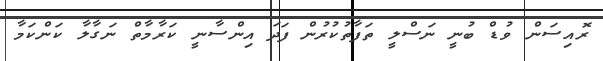
ރޮއިސަން ވުޑް ބުނީ ނަސްލީ ތަފާތުކުރުން ފަދަ އިންސާނީ ކަރާމާތް ނަގާލާ ކަންކަމާ